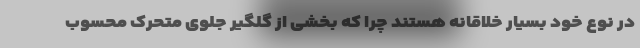
در نوع خود بسیار خلاقانه هستند چرا که بخشی از گلگیر جلوی متحرک محسوب